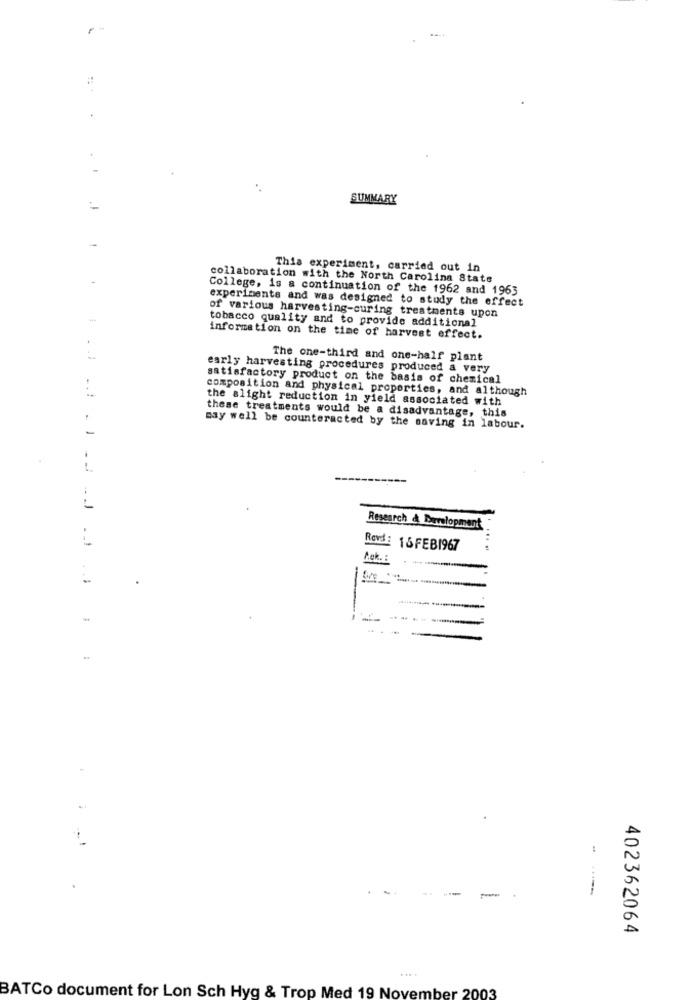
SUMMARY
This experiment, carried out in
collaboration with the North Carolina State
College, is a continuation of the 1962 and 1963
experiments and was designed to study the effect
of various harvesting-curing treatments upon
tobacco quality and to provide additional
information on the time of harvest effect.
The one-third and one-half plant
early harvesting procedures produced a very
satisfactory product on the basis of chemical
composition and physical properties, and although
the slight reduction in yield associated with
these treatments would be a disadvantage, this
-
may well be counteracted by the saving in labour.
Research & Development
Revd: 15 FEB1967
Pck:
twe
..
402362064
BATCo document for Lon Sch Hyg & Trop Med 19 November 2003